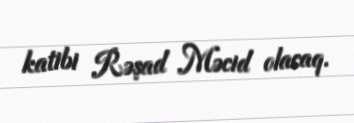
katibi Rəşad Məcid olacaq.